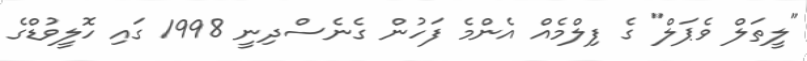
"ލީތަލް ވެޕަލް" ގެ ފިލްމެއް އެންމެ ފަހުން ގެނެސްދިނީ 1998 ގައި ހޮލީވުޑްގެ